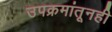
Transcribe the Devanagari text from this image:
उपक्रमांतूनही